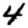
Digit: 4